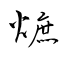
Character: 熫